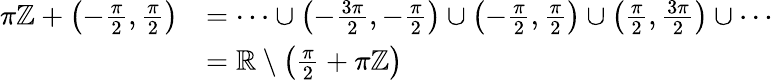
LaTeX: {\begin{array}{rl}{\pi\mathbb{Z}+\left(-{\frac{\pi}{2}},{\frac{\pi}{2}}\right)}&{=\cdots\cup{\bigl(}{-{\frac{3\pi}{2}}},{-{\frac{\pi}{2}}}{\bigr)}\cup{\bigl(}{-{\frac{\pi}{2}}},{\frac{\pi}{2}}{\bigr)}\cup{\bigl(}{\frac{\pi}{2}},{\frac{3\pi}{2}}{\bigr)}\cup\cdots}\\ &{=\mathbb{R}\setminus\left({\frac{\pi}{2}}+\pi\mathbb{Z}\right)}\end{array}}